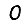
Digit: 0